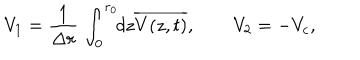
LaTeX: V _ { 1 } = \frac { 1 } { \Delta r } \, \int _ { 0 } ^ { r _ { 0 } } \! \! d z \overline { { { V ( z , t ) } } } , \quad \quad V _ { 2 } = - V _ { c } ,